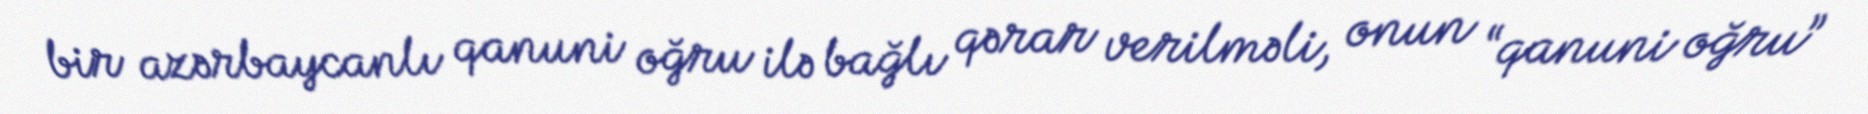
bir azərbaycanlı qanuni oğru ilə bağlı qərar verilməli, onun “qanuni oğru”